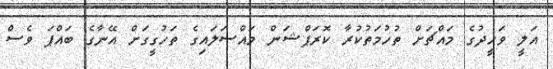
އަލީ ވަހީދުގެ މައްޗަށް ތުހުމަތުކުރާ ކޮރަޕްޝަން މައްސަލައިގެ ތަހުގީގަށް އޭނާގެ ބައްޕަ ވެސް